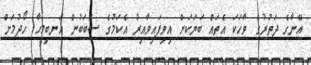
އޭނާގެ ދަތުރުގެ ވާހަކަ އެތައް ބަޔަކަށް އިވިފައިވާއިރު އެކަމުގެ ސަބަބުން އަނބިމީހާ ހޯދުމަށް